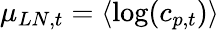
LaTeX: \mu_{LN,t}=\langle\log(c_{p,t})\rangle